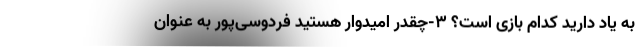
به یاد دارید کدام بازی است؟ 3-چقدر امیدوار هستید فردوسی‌پور به عنوان